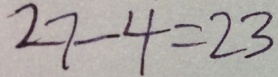
2 7 - 4 = 2 3